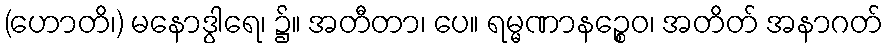
(ဟောတိ၊) မနောဒွါရေ၊ ၌။ အတီတာ၊ ပေ။ ရမ္မဏာနဉ္စေဝ၊ အတိတ် အနာဂတ်